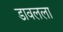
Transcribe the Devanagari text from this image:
डावलला